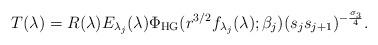
LaTeX: \begin{align*}T(\lambda) = R(\lambda)E_{\lambda_{j}}(\lambda)\Phi_{\mathrm{HG}}(r^{3/2}f_{\lambda_{j}}(\lambda);\beta_{j})(s_{j}s_{j+1})^{-\frac{\sigma_{3}}{4}}.\end{align*}